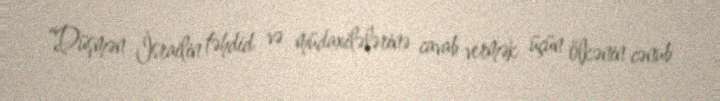
“Düşmən İsrailin təhdid və müdaxilələrinə cavab vermək üçün ölkənin cənub